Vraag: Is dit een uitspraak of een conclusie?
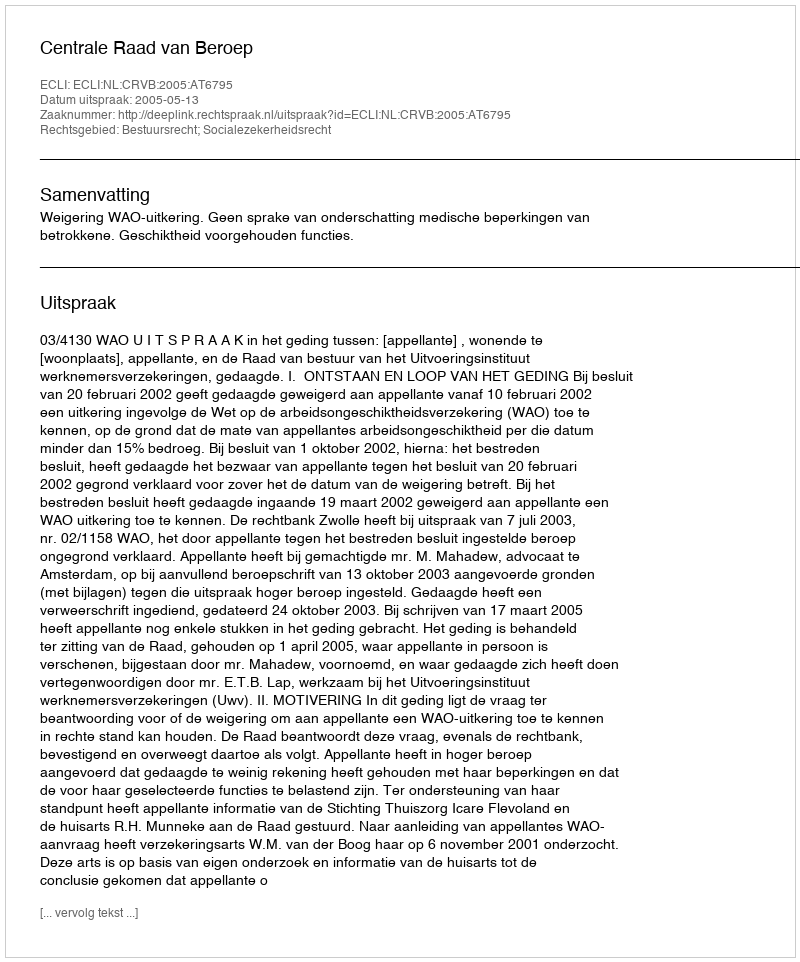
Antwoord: Uitspraak